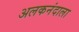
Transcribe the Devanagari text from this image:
अलकनंदाला